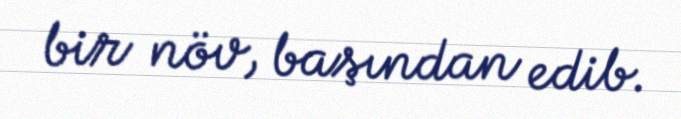
bir növ, başından edib.